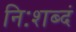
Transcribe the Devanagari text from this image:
निःशब्दं